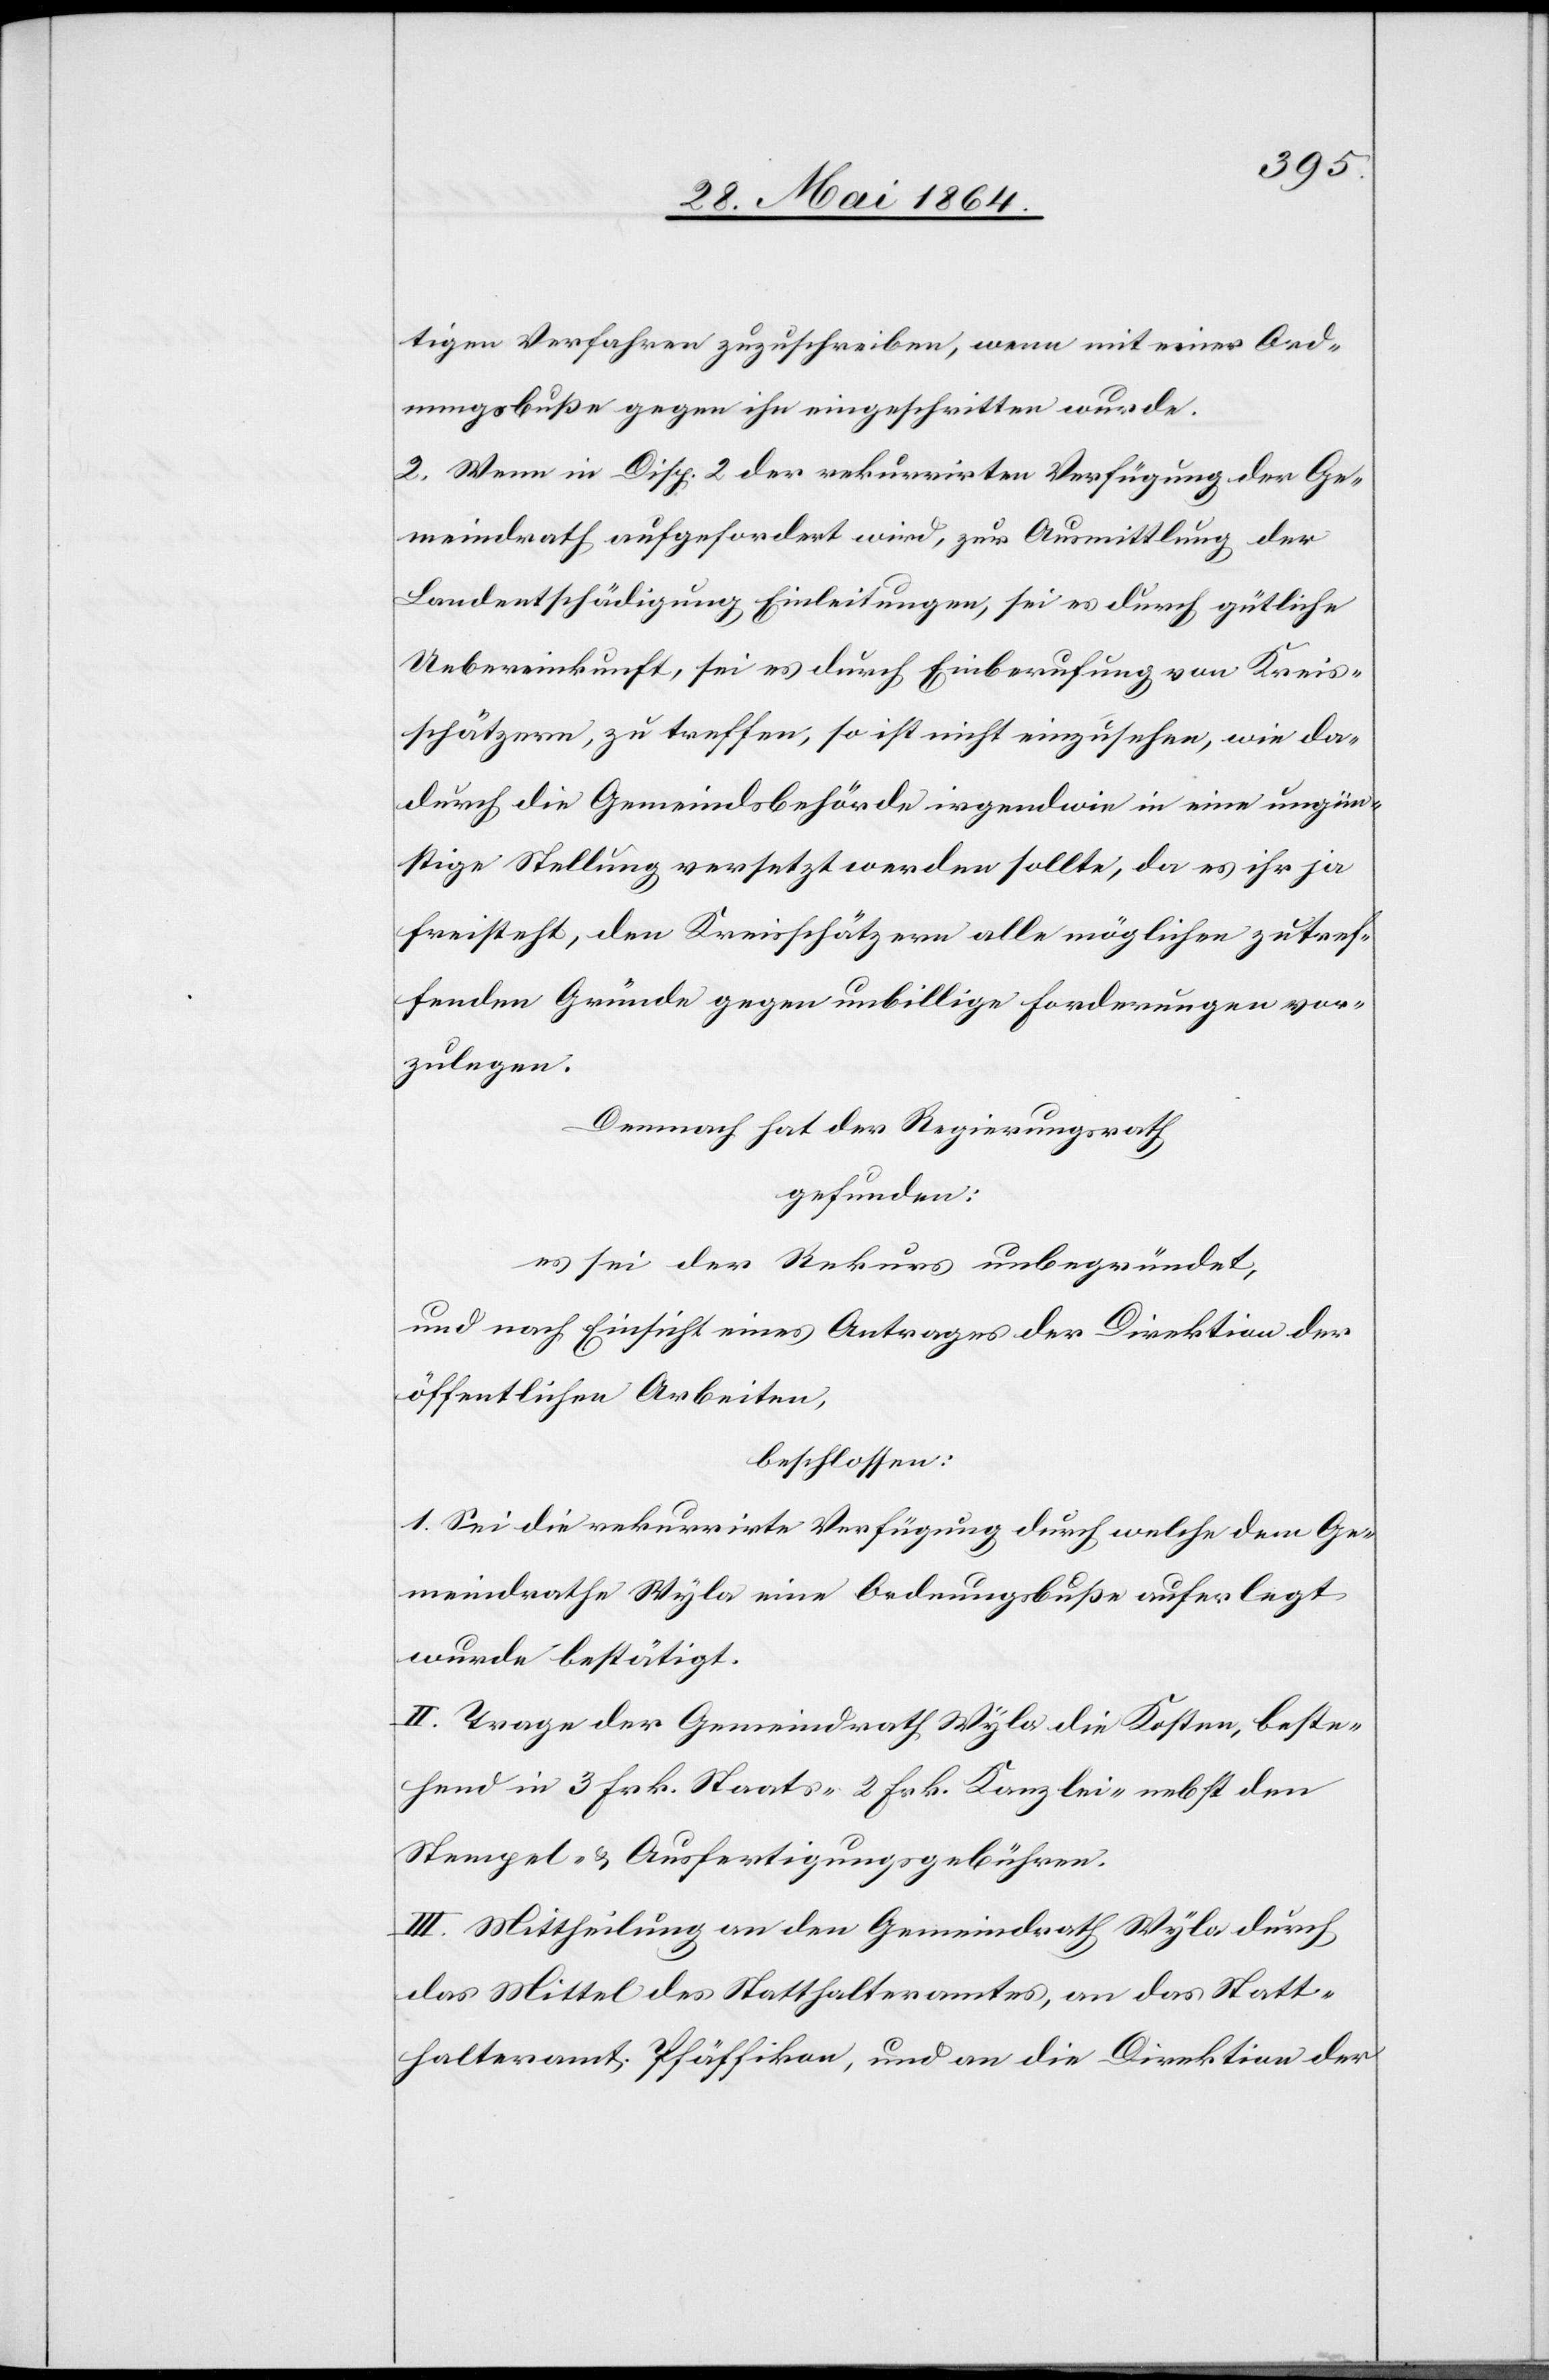
tigen Verfahren zuzuschreiben, wenn mit einer Ord¬
nungsbuße gegen ihn eingeschritten wurde.
2. Wenn in Disp. 2 der rekurrirten Verfügung der Ge¬
meindrath aufgefordert wird, zur Ausmittlung der
Landentschädigung Einleitungen, sei es durch gütliche
Uebereinkunft, sei es durch Einberufung von Kreis¬
schätzern, zu treffen, so ist nicht einzusehen, wie da¬
durch die Gemeindsbehörde irgendwie in eine ungün¬
stige Stellung versetzt werden sollte, da es ihr ja
freisteht, den Kreisschätzern alle möglichen zutref¬
fenden Gründe gegen unbillige Forderungen vor¬
zulegen.
Demnach hat der Regierungsrath
gefunden:
es sei der Rekurs unbegründet,
und nach Einsicht eines Antrages der Direktion der
öffentlichen Arbeiten,
beschlossen:
I. Sei die rekurrirte Verfügung durch welche dem Ge¬
meindrathe Wyla eine Ordnungsbuße auferlegt
wurde bestätigt.
II. Trage der Gemeindrath Wyla die Kosten, beste¬
hend in 3 Frk. Staats-[,] 2 Frk. Kanzlei- nebst den
Stempel- u. Ausfertigungsgebühren.
III. Mittheilung an den Gemeindrath Wyla durch
das Mittel des Statthalteramtes, an das Statt¬
halteramt Pfäffikon, und an die Direktion der